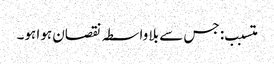
متسبب: جس سے بلا واسطہ نقصان ہوا ہو۔